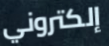
إلكتروني